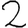
Digit: 2